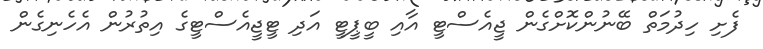
ފެށި ހިދުމަތް ބޭނުންކޮށްގެން ޖީއެސްޓީ އާއި ބީޕީޓީ އަދި ޓީޖީއެސްޓީގެ އިތުރުން އެހެނިގެން